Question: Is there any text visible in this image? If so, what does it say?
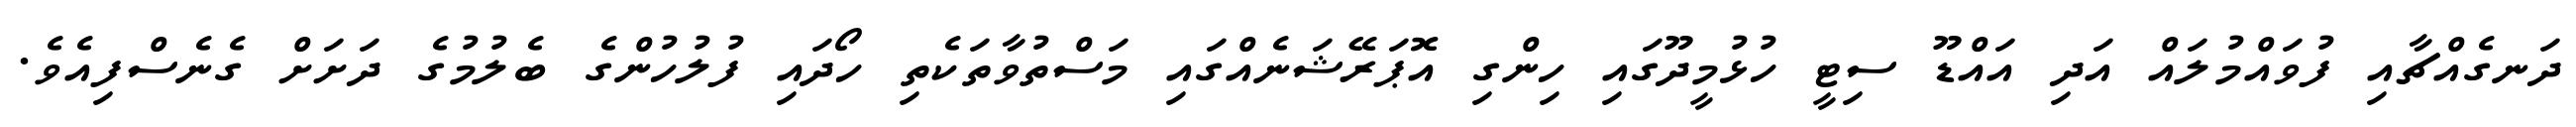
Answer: ދަނގެއްޗާއި ފުވައްމުލައް އަދި އައްޑޫ ސިޓީ ހުޅުމީދޫގައި ހިންގި އޮޕަރޭޝަނެއްގައި މަސްތުވާތަކެތި ހޯދައި ފުލުހުންގެ ބެލުމުގެ ދަށަށް ގެނެސްފިއެވެ.